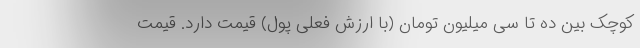
کوچک بین ده تا سی میلیون تومان (با ارزش فعلی پول) قیمت دارد. قیمت